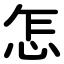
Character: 怎